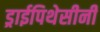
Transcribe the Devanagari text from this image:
ड्राईपिथेसीनी